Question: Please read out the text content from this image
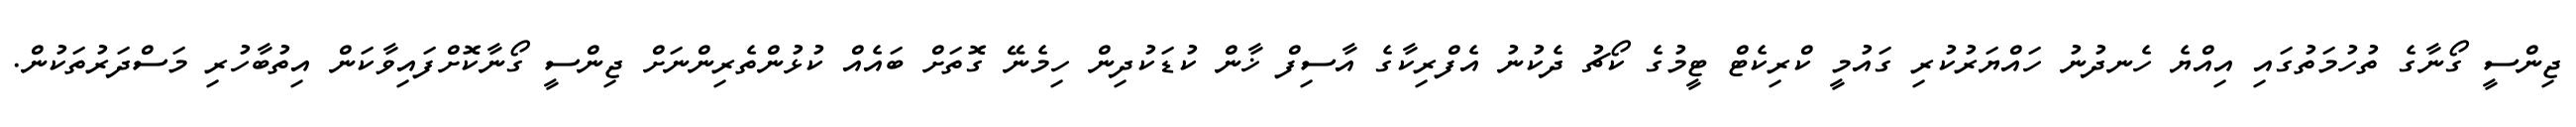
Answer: ޖިންސީ ގޯނާގެ ތުހުމަތުގައި އިއްޔެ ހެނދުނު ހައްޔަރުކުރި ގައުމީ ކްރިކެޓް ޓީމުގެ ކޯޗު ދެކުނު އެފްރިކާގެ އާސިފް ޚާން ކުޑަކުދިން ހިމެނޭ ގޮތަށް ބައެއް ކުޅުންތެރިންނަށް ޖިންސީ ގޯނާކޮށްފައިވާކަން އިތުބާހުރި މަސްދަރުތަކުން.